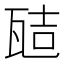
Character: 𭺞